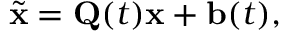
\tilde { \mathbf { x } } = \mathbf { Q } ( t ) \mathbf { x } + \mathbf { b } ( t ) ,